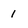
Character: 1